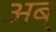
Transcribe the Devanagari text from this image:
अब्